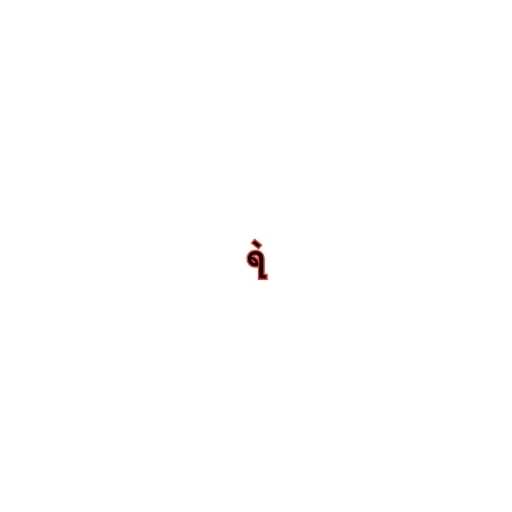
ရဲ